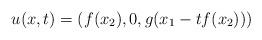
LaTeX: \begin{align*} u(x,t) = ( f(x_2), 0 , g(x_1 - t f(x_2)) )\end{align*}